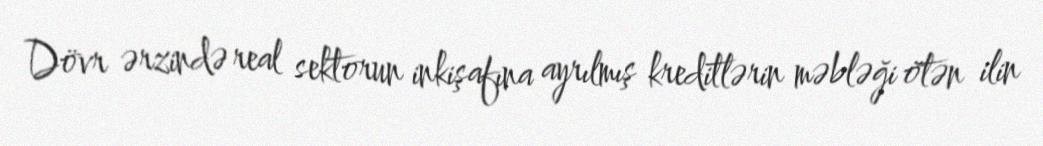
Dövr ərzində real sektorun inkişafına ayrılmış kreditlərin məbləği ötən ilin